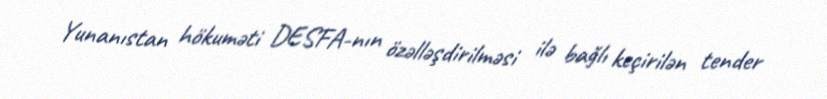
Yunanıstan hökuməti DESFA-nın özəlləşdirilməsi ilə bağlı keçirilən tender